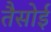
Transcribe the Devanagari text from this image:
तैसोई